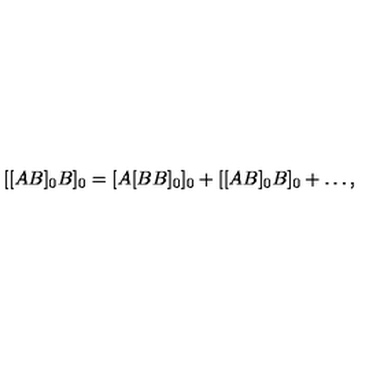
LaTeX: [ [ A B ] _ { 0 } B ] _ { 0 } = [ A [ B B ] _ { 0 } ] _ { 0 } + [ [ A B ] _ { 0 } B ] _ { 0 } + \ldots ,